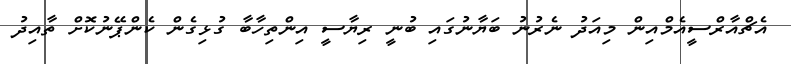
އެޗްއާރްސީއެމްއިން މިއަދު ނެރުނު ބަޔާނުގައި ބުނީ ރިޔާސީ އިންތިހާބާ ގުޅިގެން ކެންޕޭނުކޮށް ތާއިދު